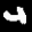
Label: 4